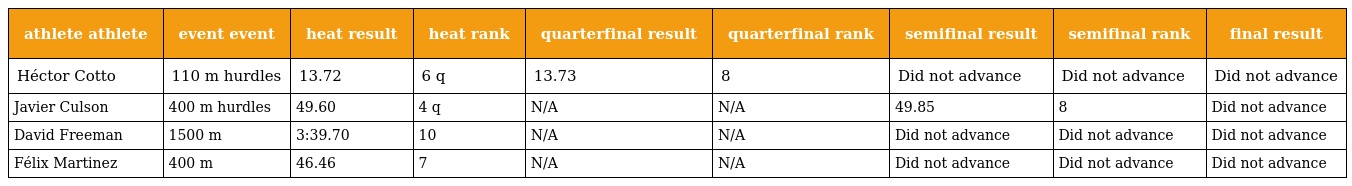
| athlete athlete | event event | heat result | heat rank | quarterfinal result | quarterfinal rank | semifinal result | semifinal rank | final result |
 | --- | --- | --- | --- | --- | --- | --- | --- | --- |
 | Héctor Cotto | 110 m hurdles | 13.72 | 6 q | 13.73 | 8 | Did not advance | Did not advance | Did not advance |
 | Javier Culson | 400 m hurdles | 49.60 | 4 q | N/A | N/A | 49.85 | 8 | Did not advance |
 | David Freeman | 1500 m | 3:39.70 | 10 | N/A | N/A | Did not advance | Did not advance | Did not advance |
 | Félix Martinez | 400 m | 46.46 | 7 | N/A | N/A | Did not advance | Did not advance | Did not advance |